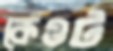
কেওট